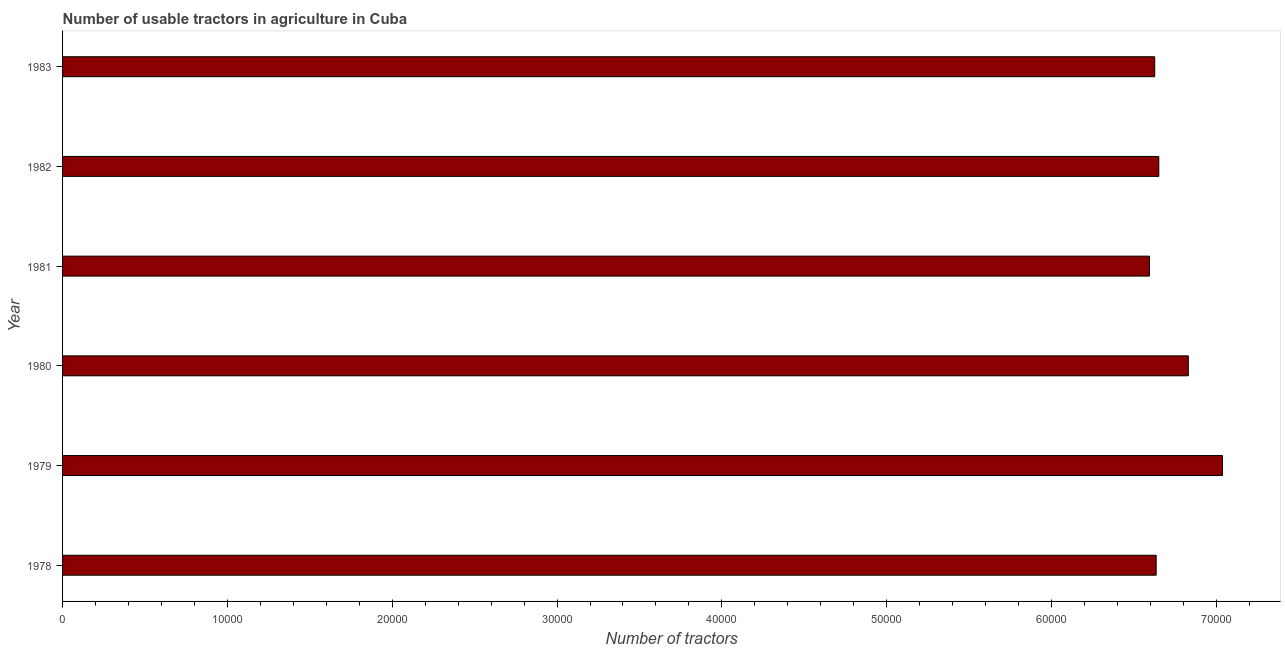
| Year | Agricultural machinery |
 | --- | --- |
 | 1978 | 6.63e+04 |
 | 1979 | 7.04e+04 |
 | 1980 | 6.83e+04 |
 | 1981 | 6.59e+04 |
 | 1982 | 6.65e+04 |
 | 1983 | 6.63e+04 |